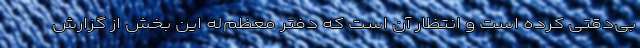
بی‌دقتی کرده است و انتظار آن است که دفتر معظم‌له این بخش از گزارش